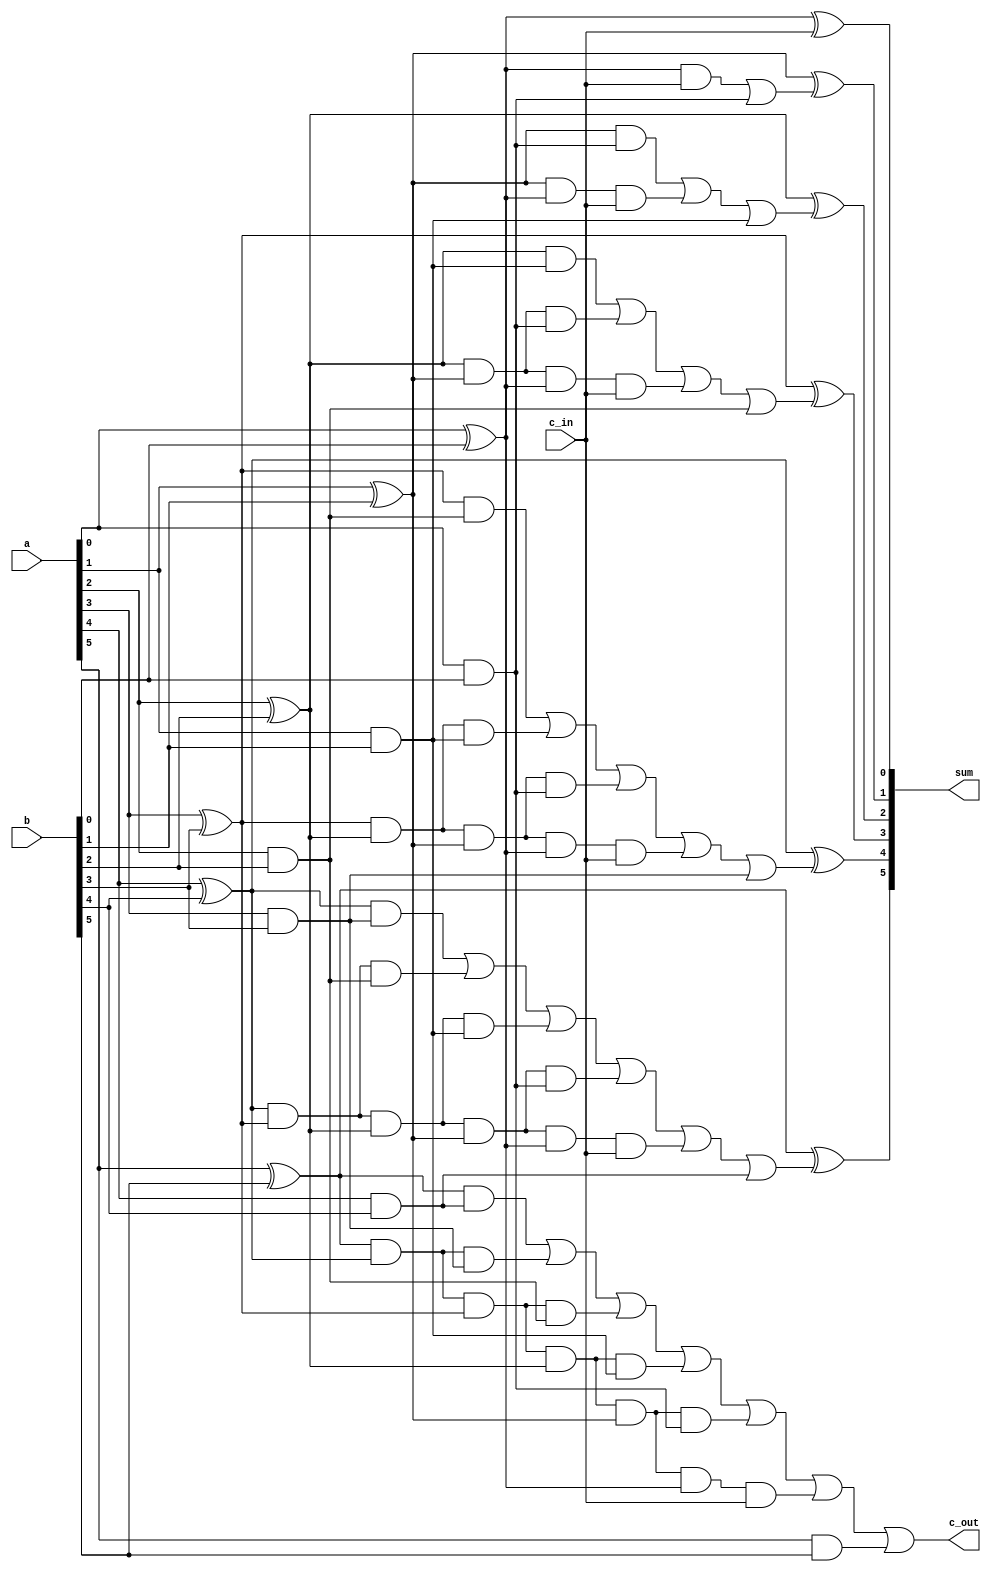
module cla_adder_6b (sum, c_out, a, b, c_in);

input [5:0] a, b;
input c_in;

output [5:0] sum;
output c_out;

wire p0, p1, p2, p3, p4, p5;
wire g0, g1, g2, g3, g4, g5;

wire c1, c2, c3, c4, c5;

wire c1_t0;
wire c2_t0, c2_t1;
wire c3_t0, c3_t1, c3_t2;
wire c4_t0, c4_t1, c4_t2, c4_t3;
wire c5_t0, c5_t1, c5_t2, c5_t3, c5_t4;
wire c_out_t0, c_out_t1, c_out_t2, c_out_t3, c_out_t4, c_out_t5;

// propagates

xor(p0, a[0], b[0]);
xor(p1, a[1], b[1]);
xor(p2, a[2], b[2]);
xor(p3, a[3], b[3]);
xor(p4, a[4], b[4]);
xor(p5, a[5], b[5]);

// generates

and(g0, a[0], b[0]);
and(g1, a[1], b[1]);
and(g2, a[2], b[2]);
and(g3, a[3], b[3]);
and(g4, a[4], b[4]);
and(g5, a[5], b[5]);


//carries

and(c1_t0, p0, c_in);
or(c1, c1_t0, g0);

and(c2_t1, p1, g0);
and(c2_t0, p1, p0, c_in);
or(c2, c2_t1, c2_t0, g1);

and(c3_t2, p2, g1);
and(c3_t1, p2, p1, g0);
and(c3_t0, p2, p1, p0, c_in);
or(c3, c3_t2, c3_t1, c3_t0, g2);

and(c4_t3, p3, g2);
and(c4_t2, p3, p2, g1);
and(c4_t1, p3, p2, p1, g0);
and(c4_t0, p3, p2, p1, p0, c_in);
or(c4, c4_t3, c4_t2, c4_t1, c4_t0, g3);

and(c5_t4, p4, g3);
and(c5_t3, p4, p3, g2);
and(c5_t2, p4, p3, p2, g1);
and(c5_t1, p4, p3, p2, p1, g0);
and(c5_t0, p4, p3, p2, p1, p0, c_in);
or(c5, c5_t4, c5_t3, c5_t2, c5_t1, c5_t0, g4);

and(c_out_t5, p5, g4);
and(c_out_t4, p5, p4, g3);
and(c_out_t3, p5, p4, p3, g2);
and(c_out_t2, p5, p4, p3, p2, g1);
and(c_out_t1, p5, p4, p3, p2, p1, g0);
and(c_out_t0, p5, p4, p3, p2, p1, p0, c_in);
or(c_out, c_out_t5, c_out_t4, c_out_t3, c_out_t2, c_out_t1, c_out_t0, g5);

// sum

xor(sum[0], p0, c_in);
xor(sum[1], p1, c1);
xor(sum[2], p2, c2);
xor(sum[3], p3, c3);
xor(sum[4], p4, c4);
xor(sum[5], p5, c5);

endmodule